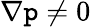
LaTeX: \nabla\mathtt{p}\neq0